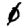
Digit: 0